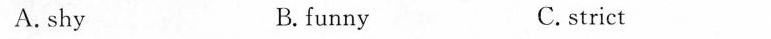
A. shy B.funny C.strict